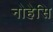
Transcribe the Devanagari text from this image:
नोहेसि